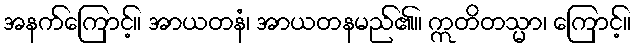
အနက်ကြောင့်။ အာယတနံ၊ အာယတနမည်၏။ ဣတိတသ္မာ၊ ကြောင့်။